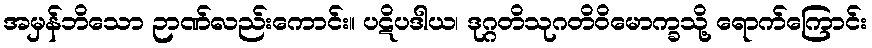
အမှန်ဘိသော ဉာဏ်လည်းကောင်း။ ပဋိပဒါယ၊ ဒုဂ္ဂတိသုဂတိဝိမောက္ခသို့ ရောက်ကြောင်း